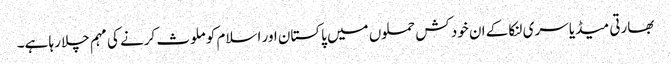
بھارتی میڈیا سری لنکا کے ان خود کش حملوں میں پاکستان اور اسلام کو ملوث کرنے کی مہم چلا رہا ہے۔